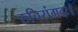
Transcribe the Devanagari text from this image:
रुचिरांगदः।